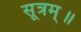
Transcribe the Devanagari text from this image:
सूत्रम्॥